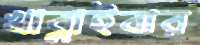
খাব্‌লাইবার